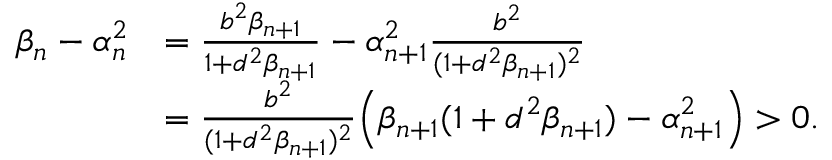
\begin{array} { r l } { \beta _ { n } - \alpha _ { n } ^ { 2 } } & { = \frac { b ^ { 2 } \beta _ { n + 1 } } { 1 + d ^ { 2 } \beta _ { n + 1 } } - \alpha _ { n + 1 } ^ { 2 } \frac { b ^ { 2 } } { ( 1 + d ^ { 2 } \beta _ { n + 1 } ) ^ { 2 } } } \\ & { = \frac { b ^ { 2 } } { ( 1 + d ^ { 2 } \beta _ { n + 1 } ) ^ { 2 } } \Big ( \beta _ { n + 1 } ( 1 + d ^ { 2 } \beta _ { n + 1 } ) - \alpha _ { n + 1 } ^ { 2 } \Big ) > 0 . } \end{array}